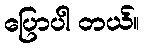
ပြောပါ တယ်။